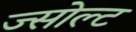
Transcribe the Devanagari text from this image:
ज्सोल्ट